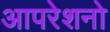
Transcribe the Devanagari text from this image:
आपरेशनो